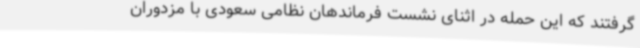
گرفتند که این حمله در اثنای نشست فرماندهان نظامی سعودی با مزدوران